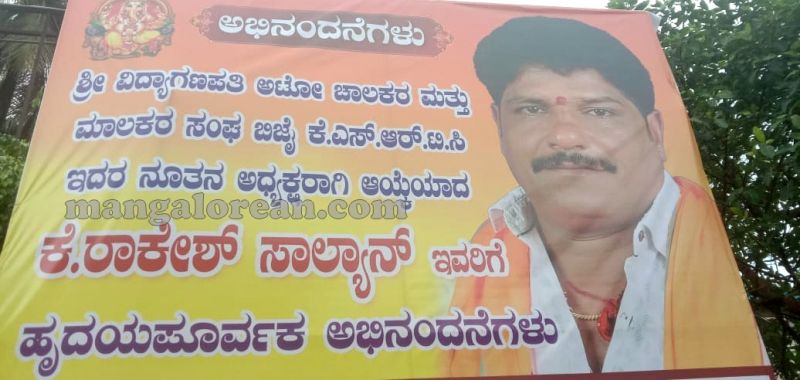
Language: kannada
Transcription: ಸಾಲ್ಯಾನ್ ಅಧ್ಯಕ್ಷರಾಗಿ ಅಭಿನಂದನೆಗಳು ಅಟೋ ನೂತನ ಮತ್ತು ಸೆಂಘ ಮಾಲಕರ ಆಯೆಯಾದ ಹೃದಯಪೂರ್ವಕ ಕೆ.ಎಸ್.ಆರ್.ಟಿ.ಸಿ ಇವರಿಗೆ ಇದರ ಕೆ.ರಾಕೇಶ್ ಅಭಿನಂದನೆಗಳು ವಿದ್ಯಾಗಣಪತಿ ಶ್ರೀ